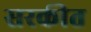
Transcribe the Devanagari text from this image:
सरकीत